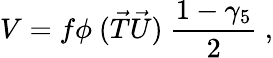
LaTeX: V=f\phi~(\vec{T}\vec{U})~\frac{1-\gamma_{5}}{2}~,